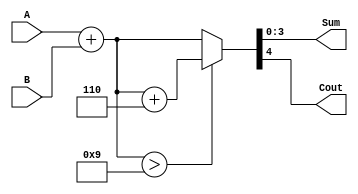
// https://blog.csdn.net/Debbie_wxg/article/details/72895934
module adder(A,B,Sum,Cout);
input [3:0]A,B;
output [3:0]Sum;
output Cout;
// reg [3:0]Sum;
// reg Cout;
wire [4:0]Temp;

assign Temp = A + B;
assign {Cout , Sum} = (Temp > 9) ? Temp +6 : Temp;

/* always@(A or B)
  begin
    {Cout , Sum} = A + B;
    if({Cout , Sum} > 9 )
      {Cout , Sum} = {Cout , Sum} + 6;
  end
*/

endmodule